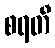
စရတီ